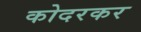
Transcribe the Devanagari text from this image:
कोदरकर